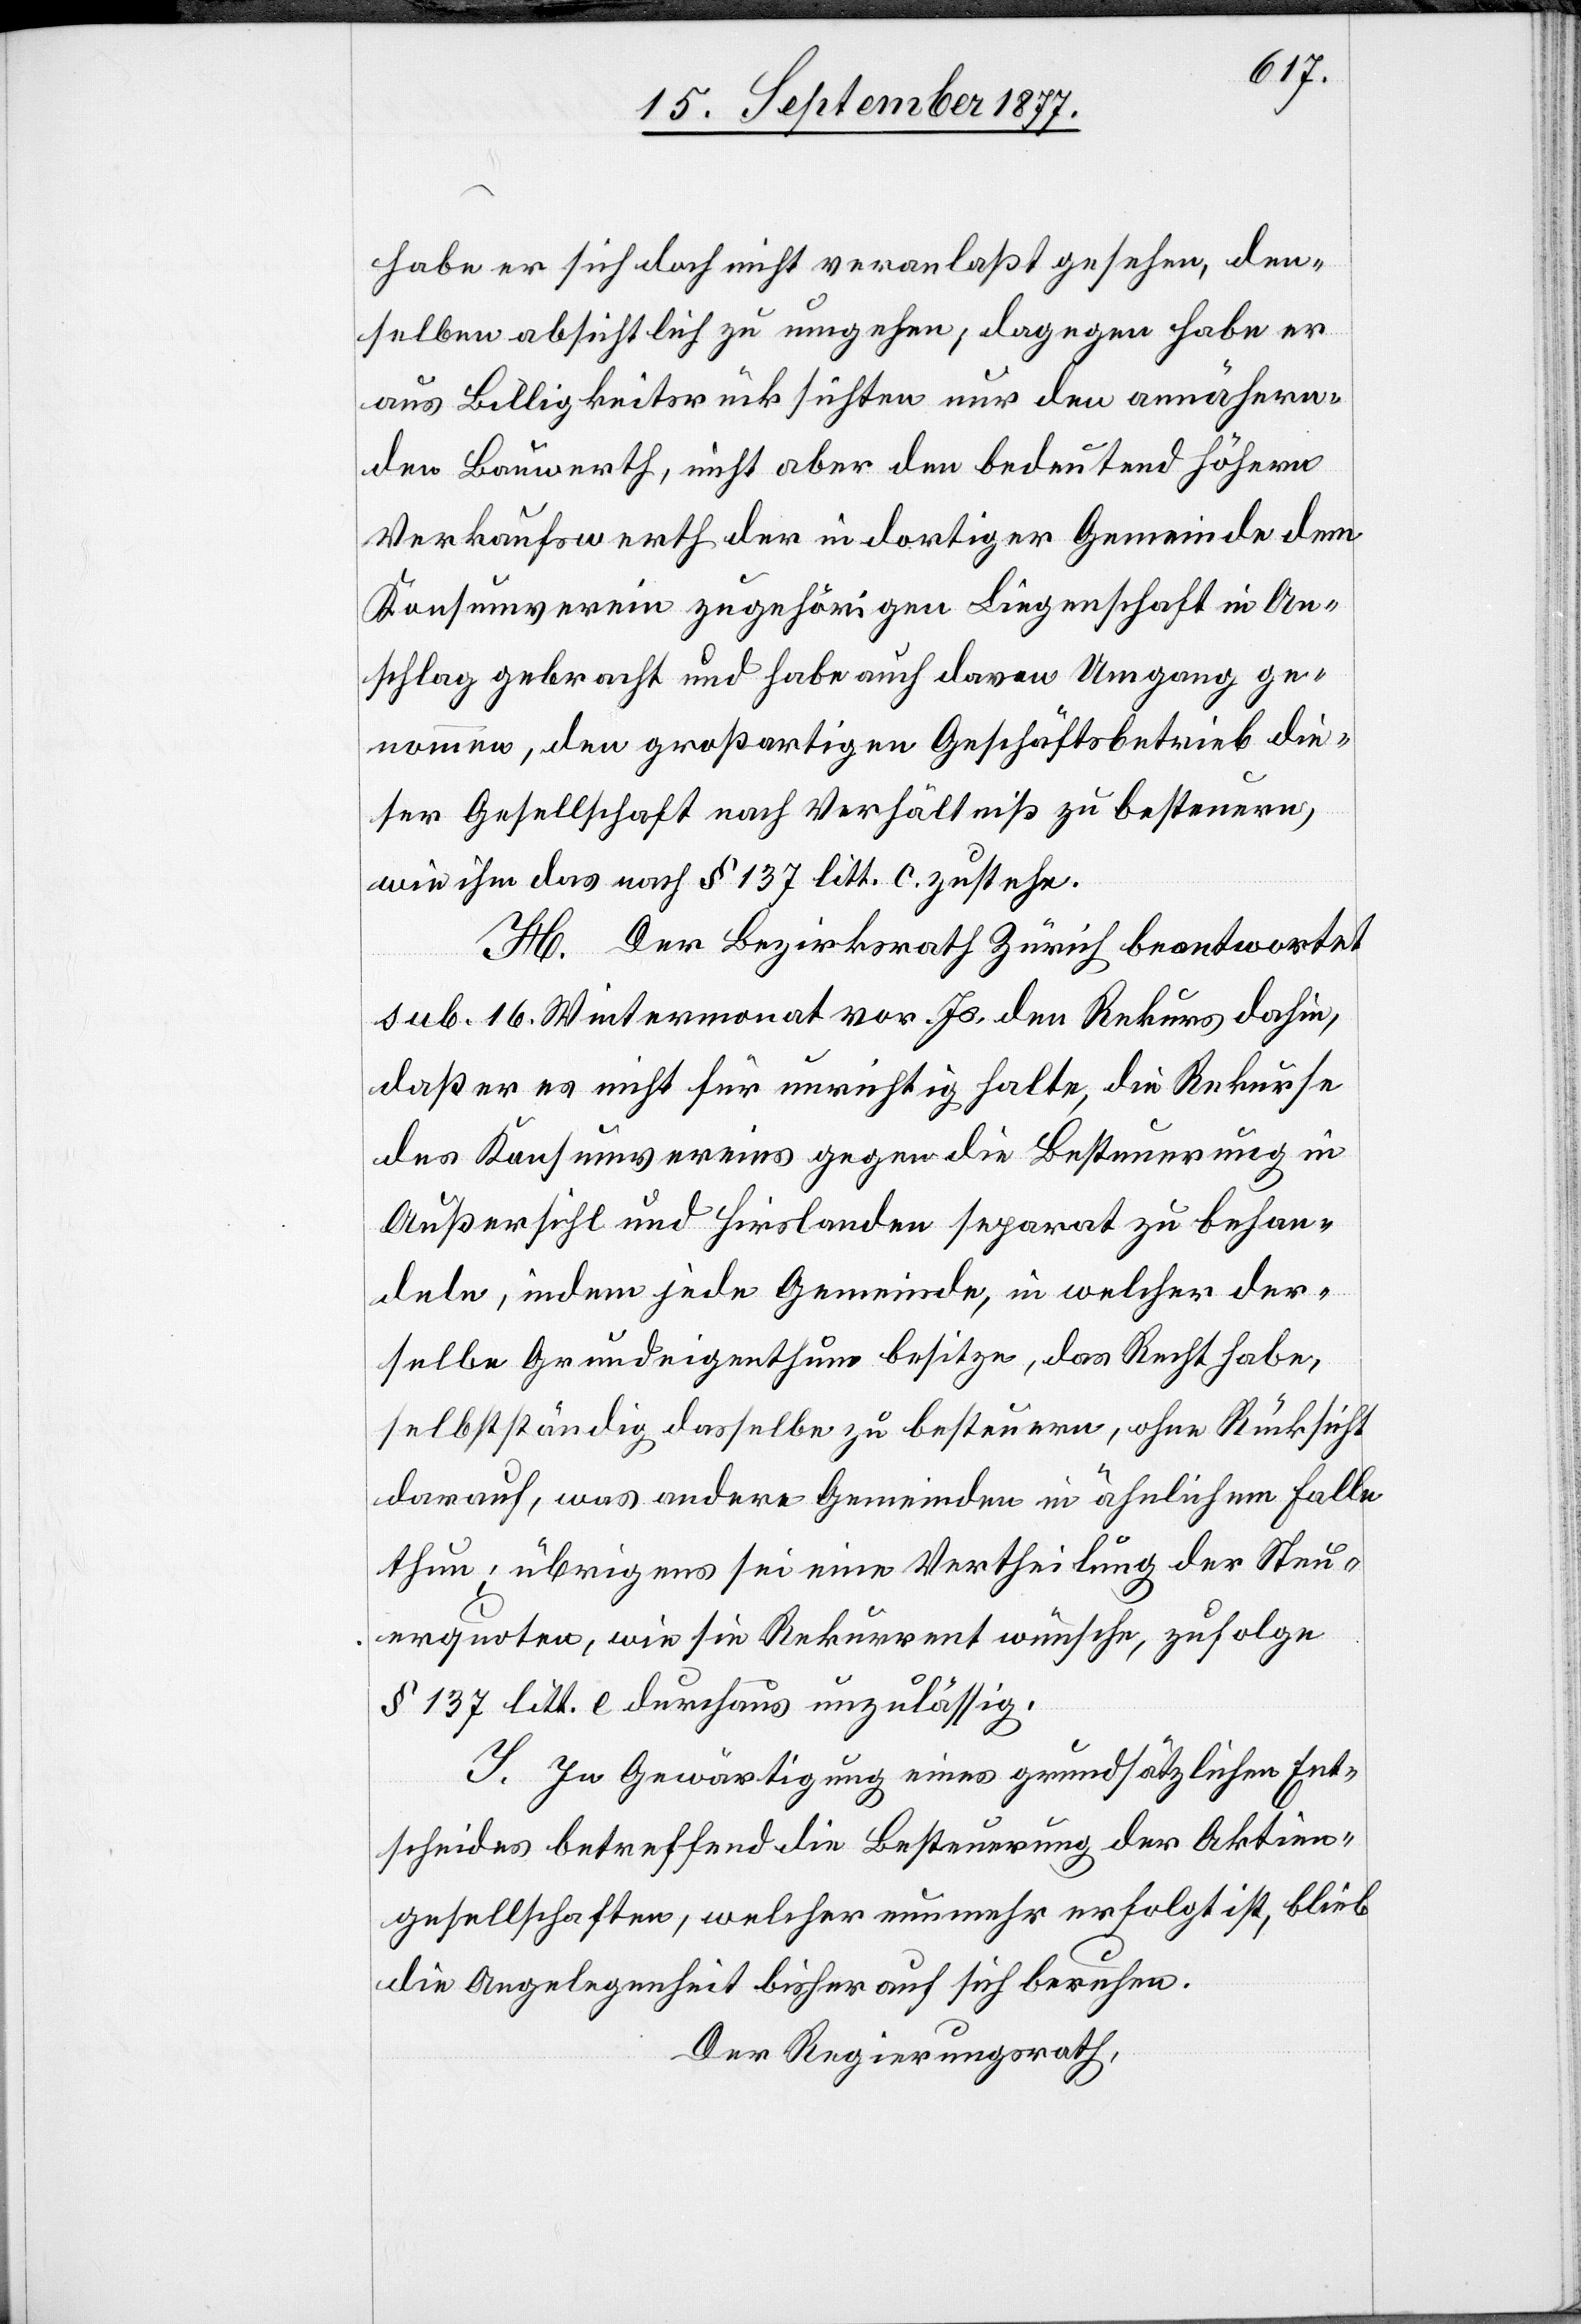
habe er sich doch nicht veranlaßt gesehen, den¬
selben absichtlich zu umgehen; dagegen habe er
aus Billigkeitsrücksichten nur den annähern¬
den Bauwerth, nicht aber den bedeutend höhern
Verkaufswerth der in dortiger Gemeinde dem
Konsumverein zugehörigen Liegenschaft in An¬
schlag gebracht und habe auch davon Umgang ge¬
nommen, den großartigen Geschäftsbetrieb die¬
ser Gesellschaft nach Verhältniß zu besteuern,
wie ihm das nach § 137 litt. c. zustehe.
H. Der Bezirksrath Zürich beantwortet
sub. 16. Wintermonat vor. Js. den Rekurs dahin,
daß er es nicht für unrichtig halte, die Rekurse
des Konsumvereins gegen die Besteuerung in
Außersihl und Hirslanden separat zu behan¬
deln, indem jede Gemeinde, in welcher der¬
selbe Grundeigenthum besitze, das Recht habe,
selbstständig dasselbe zu besteuern, ohne Rücksicht
darauf, was andere Gemeinden in ähnlichem Falle
thun; übrigens sei eine Vertheilung der Steu¬
erquoten, wie sie Rekurrent wünsche, zufolge
§ 137 litt. e durchaus unzulässig.
I. In Gewärtigung eines grundsätzlichen Ent¬
scheides betreffend die Besteuerung der Aktien¬
gesellschaften, welcher nunmehr erfolgt ist, blieb
die Angelegenheit bisher auf sich beruhen.
Der Regierungsrath,